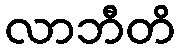
လာဘီတိ